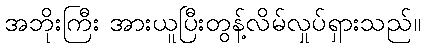
အဘိုးကြီး အားယူပြီးတွန့်လိမ်လှုပ်ရှားသည်။